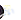
الآن